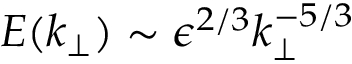
E ( k _ { \perp } ) \sim \epsilon ^ { 2 / 3 } k _ { \perp } ^ { - 5 / 3 }